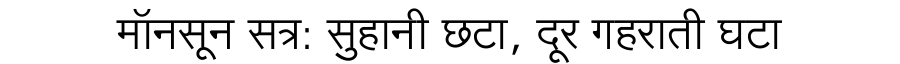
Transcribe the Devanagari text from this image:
मॉनसून सत्र: सुहानी छटा, दूर गहराती घटा